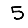
Digit: 5